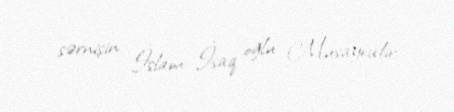
sərnişin İslam İsaq oğlu Musayevdir.